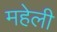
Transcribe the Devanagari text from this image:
महेली